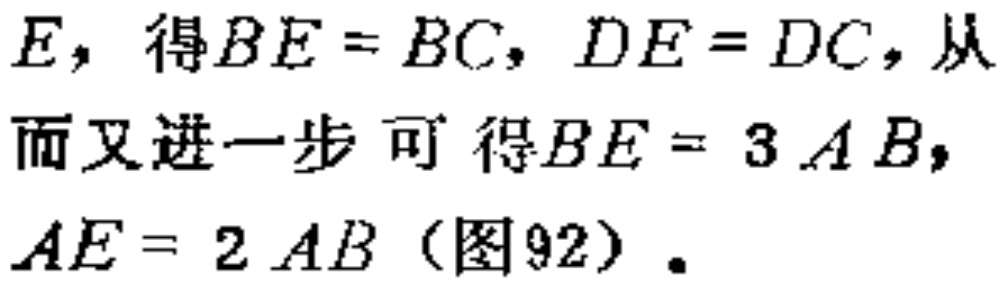
$E，得BE = BC，DE = DC，从而又进一步可得BE = 3AB，AE = 2AB（图92）.$